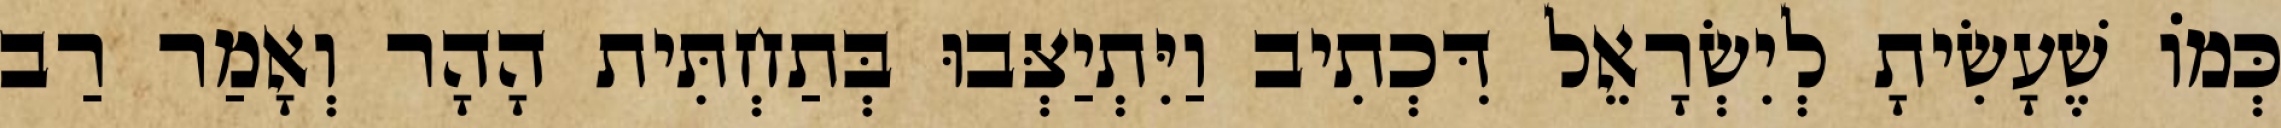
כְּמוֹ שֶׁעָשִׂיתָ לְיִשְׂרָאֵל דִּכְתִיב וַיִּתְיַצְּבוּ בְּתַחְתִּית הָהָר וְאָמַר רַב